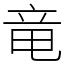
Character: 竜